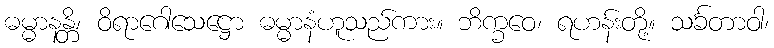
ဓမ္မာနန္တိ၊ ဝိရာဂေါသေဋ္ဌော ဓမ္မာနံဟူသည်ကား။ ဘိက္ခဝေ၊ ရဟန်းတို့။ သင်္ခတာဝါ၊